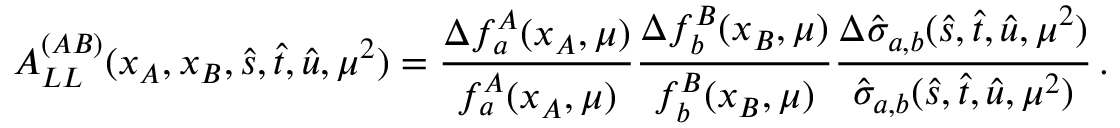
A _ { L L } ^ { ( A B ) } ( x _ { A } , x _ { B } , \hat { s } , \hat { t } , \hat { u } , \mu ^ { 2 } ) = \frac { \Delta f _ { a } ^ { A } ( x _ { A } , \mu ) } { f _ { a } ^ { A } ( x _ { A } , \mu ) } \frac { \Delta f _ { b } ^ { B } ( x _ { B } , \mu ) } { f _ { b } ^ { B } ( x _ { B } , \mu ) } \frac { \Delta \hat { \sigma } _ { a , b } ( \hat { s } , \hat { t } , \hat { u } , \mu ^ { 2 } ) } { \hat { \sigma } _ { a , b } ( \hat { s } , \hat { t } , \hat { u } , \mu ^ { 2 } ) } \, .